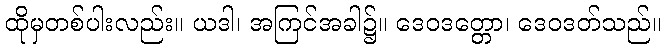
ထိုမှတစ်ပါးလည်း။ ယဒါ၊ အကြင်အခါ၌။ ဒေဝဒတ္တော၊ ဒေဝဒတ်သည်။